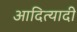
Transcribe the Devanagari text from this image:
आदित्यादी